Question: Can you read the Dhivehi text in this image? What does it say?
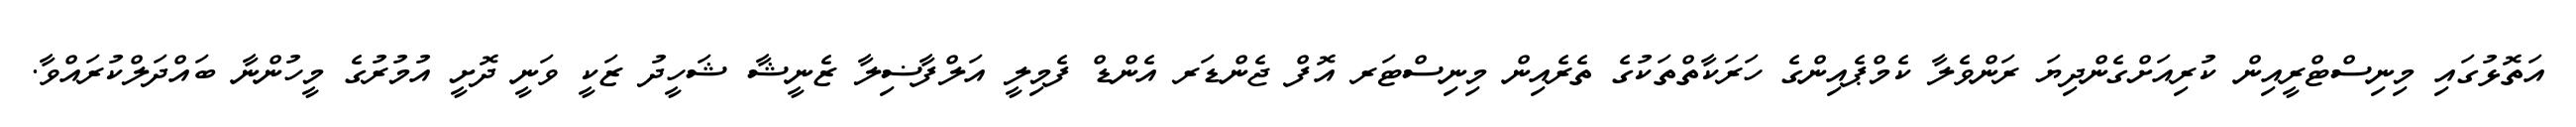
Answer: އަތޮޅުގައި މިނިސްޓްރީއިން ކުރިއަށްގެންދިޔަ ރަންވެލާ ކެމްޕެއިންގެ ހަރަކާތްތަކުގެ ތެރެއިން މިނިސްޓަރ އޮފް ޖެންޑަރ އެންޑް ފެމިލީ އަލްފާޟިލާ ޒެނީޝާ ޝަހީދު ޒަކީ ވަނީ ދޮށީ އުމުރުގެ މީހުންނާ ބައްދަލްކުރައްވާ.